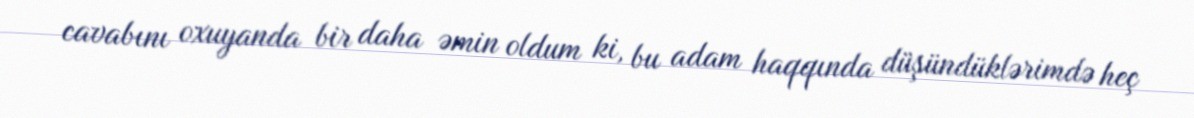
cavabını oxuyanda bir daha əmin oldum ki, bu adam haqqında düşündüklərimdə heç